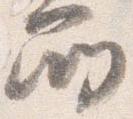
所